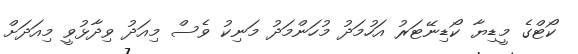
ކޯޓްގެ މީޑިޔާ ކޯޑިނޭޓަރު އަހުމަދު މުހަންމަދު މަނިކު ވެސް މިއަދު ވިދާޅުވީ މިއަދަށް